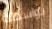
بواسطة